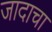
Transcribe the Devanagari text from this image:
जादाचा